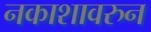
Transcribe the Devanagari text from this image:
नकाशावरुन